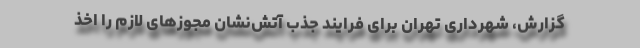
گزارش، شهرداری تهران برای فرایند جذب آتش‌نشان مجوزهای لازم را اخذ